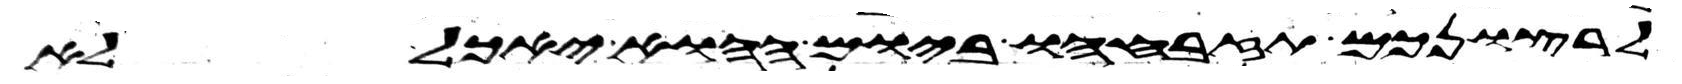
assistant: לרצונכם תזבחהו ביום ההוא יאכל לא